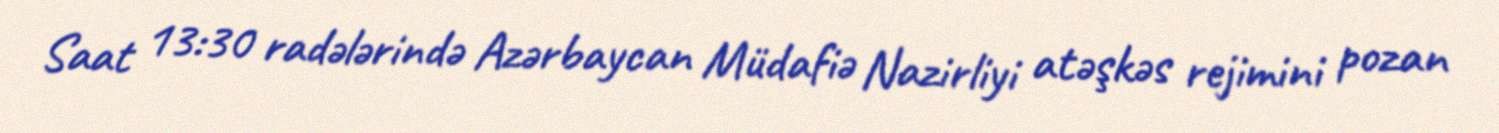
Saat 13:30 radələrində Azərbaycan Müdafiə Nazirliyi atəşkəs rejimini pozan